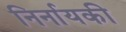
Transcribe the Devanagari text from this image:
निर्नायकी